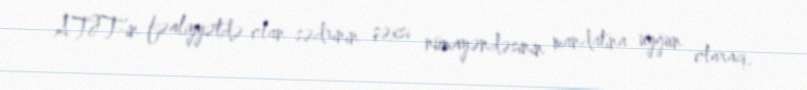
ATƏT-in fəaliyyətdə olan sədrinin şəxsi nümayəndəsinin mandatına uyğun olaraq,